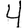
Digit: 4